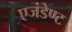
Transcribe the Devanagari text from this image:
एजंडेण्ट